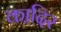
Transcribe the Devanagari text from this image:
का़दिर